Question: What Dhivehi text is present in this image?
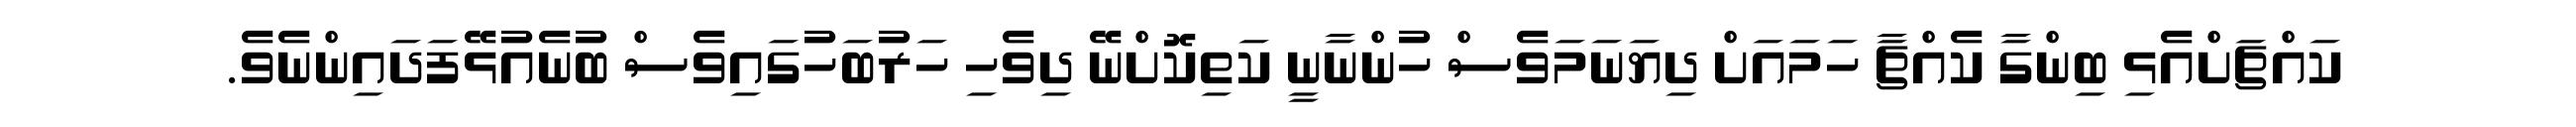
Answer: ކައްޗަށްއެޅި ބިންގާ ކެއްޗާ ހަމައަށް ދިޔަނަމަވެސް ހުންނާނީ ކަތިކޮށްނޭ ދިވެހި ހަރުބަހުގައިވެސް ބުނެއުޅޭފަދައިންނެވެ.